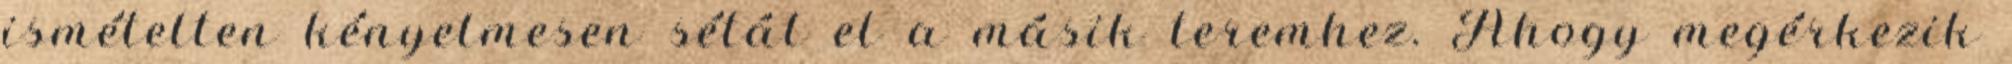
ismételten kényelmesen sétál el a másik teremhez. Ahogy megérkezik